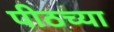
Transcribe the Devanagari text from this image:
पीठच्या